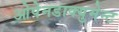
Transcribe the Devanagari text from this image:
ओपेनडाक्युमेन्ट